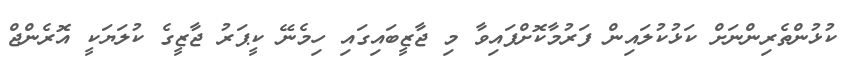
ކުޅުންތެރިންނަށް ކަޅުކުލައިން ފަރުމާކޮށްފައިވާ މި ޖާޒީބައިގައި ހިމެނޭ ކީޕަރު ޖާޒީގެ ކުލަޔަކީ އޮރެންޖް